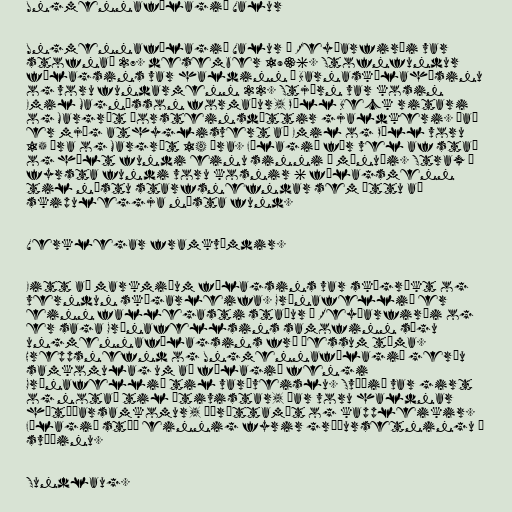
Ungmennafélagið Valur

Ungmennafélagið Valur á Reyðarfirði var
stofnað 27. desember 1936. Stofnfundur
félagsins var haldinn í Barnaskólahúsinu
og voru fundarmenn 22. Stjórn var kosin
Emil Magnússon formaður, Páll Beck ritari
og Margrét Þorsteinsdóttir gjaldkeri. Það
er mjög athyglisvert að Emil og Páll voru
15 ára og Margrét 14 ára. Félagið fór vel af stað
og hélt fundi einu sinni í mánuði. Strax á
fyrsta fundi voru kosnir 6 félagsmenn
til næstu starfsnefndar sem áttu að
skipuleggja næsta fund.

Verklegar framkvæmdir.

Eitt að markmiðum félagsins var skógrækt og
verndun skógarleifa. Grænafellið er
einn fallegasti staður í Reyðarfirði og
er saga Grænafellsins samofinn sögu
ungmennafélagsins frá þessum tíma.
Hreppsnefnd og Ungmennafélagið gerðu
samkomulag um að félagið fengi
Grænafellið til varðveislu. Svæðið var girt
og notað til útivistar, þar voru haldnar
hátíðarsamkomur, íþróttamót og kappleikir.
Félagið stóð einnig fyrir gróðursetningu á
svæðinu.

Sundlaug.